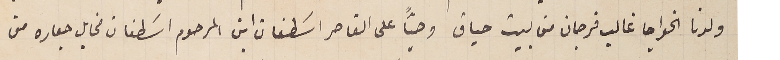
ولدنا الخواجا غالب فرجان من بيت حباق وصيًّا على القاصر اسَطفان ابن المرحوم اسَطفان مخايل جعاره من